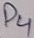
Text: D4